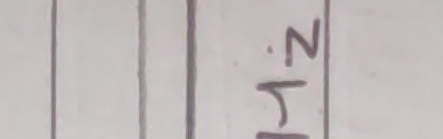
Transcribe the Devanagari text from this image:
१.२ N